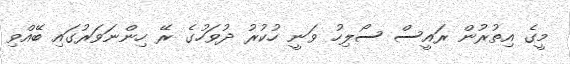
މީގެ އިތުރުން ރައީސް ސޯލިހު ވަނީ ހުކުރު ދުވަހުގެ ރޭ ހިންނަވަރުގައި ބޭއްވި